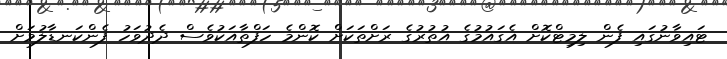
ޓައިވާނުގައި ފެން ލިމިޓްކޮށް އެގައުމުގެ އުތުރުގެ ރަށްތަކަށް ކޮންމެ ހަފްތާއަކުވެސް ދެދުވަހު ފެންކަނޑާލުމަށް